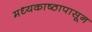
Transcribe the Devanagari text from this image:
मध्यकाष्ठापासून